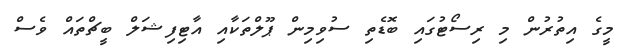
މީގެ އިތުރުން މި ރިސޯޓުގައި ބޮޑެތި ސުވިމިން ޕޫލްތަކާއި އާޓިފިޝަލް ބީޗްތައް ވެސް